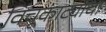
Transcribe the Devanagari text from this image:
विंचूकाट्याचा